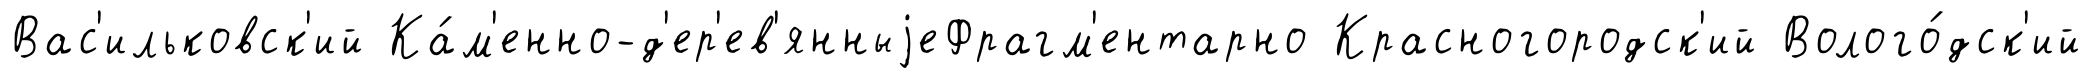
Вас'ильковск'ий Ка́м'енно-д'ер'ев'янныjеФрагм'ентарно Красногородск'ий Волого́дск'ий